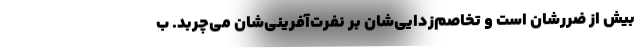
بیش از ضررشان است و تخاصم‌زدایی‌شان بر نفرت‌آفرینی‌شان می‌چربد. ب